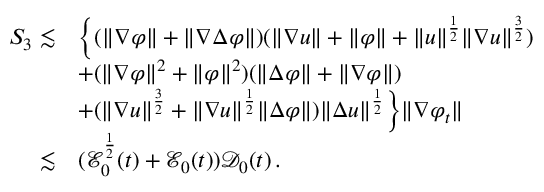
\begin{array} { r l } { S _ { 3 } \lesssim } & { \Big \{ ( \| \nabla \varphi \| + \| \nabla \Delta \varphi \| ) ( \| \nabla u \| + \| \varphi \| + \| u \| ^ { \frac { 1 } { 2 } } \| \nabla u \| ^ { \frac { 3 } { 2 } } ) } \\ & { + ( \| \nabla \varphi \| ^ { 2 } + \| \varphi \| ^ { 2 } ) ( \| \Delta \varphi \| + \| \nabla \varphi \| ) } \\ & { + ( \| \nabla u \| ^ { \frac { 3 } { 2 } } + \| \nabla u \| ^ { \frac { 1 } { 2 } } \| \Delta \varphi \| ) \| \Delta u \| ^ { \frac { 1 } { 2 } } \Big \} \| \nabla \varphi _ { t } \| } \\ { \lesssim } & { ( \mathcal { E } _ { 0 } ^ { \frac { 1 } { 2 } } ( t ) + \mathcal { E } _ { 0 } ( t ) ) \mathcal { D } _ { 0 } ( t ) \, . } \end{array}